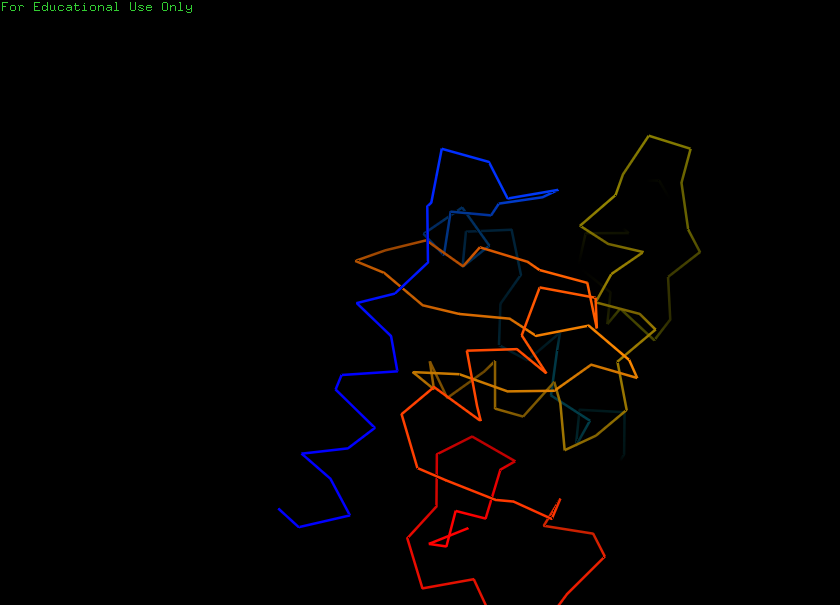
pymol, preset, ligand_sites